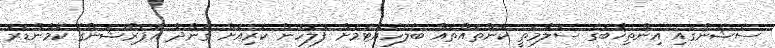
ސެޝަންގައި އިންތިޚާބުގެ ސަލާމަތީ ކަންތައްތައް ބެލެހެއްޓުމަށް ފުލުހުން ކުރިއަށް ގެންދާ އޮަަޕަރޭޝަންގެ ކޮމާންޑަރު